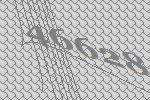
46628